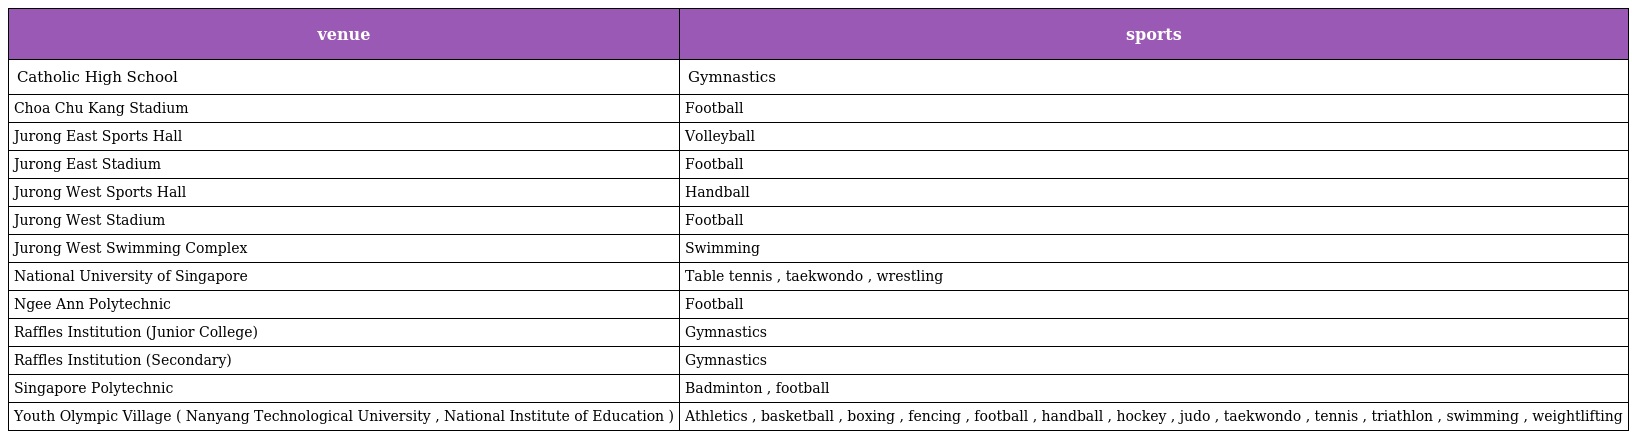
| venue | sports |
 | --- | --- |
 | Catholic High School | Gymnastics |
 | Choa Chu Kang Stadium | Football |
 | Jurong East Sports Hall | Volleyball |
 | Jurong East Stadium | Football |
 | Jurong West Sports Hall | Handball |
 | Jurong West Stadium | Football |
 | Jurong West Swimming Complex | Swimming |
 | National University of Singapore | Table tennis , taekwondo , wrestling |
 | Ngee Ann Polytechnic | Football |
 | Raffles Institution (Junior College) | Gymnastics |
 | Raffles Institution (Secondary) | Gymnastics |
 | Singapore Polytechnic | Badminton , football |
 | Youth Olympic Village ( Nanyang Technological University , National Institute of Education ) | Athletics , basketball , boxing , fencing , football , handball , hockey , judo , taekwondo , tennis , triathlon , swimming , weightlifting |